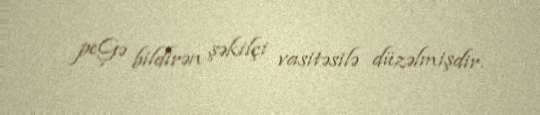
peĢə bildirən şəkilçi vasitəsilə düzəlmişdir.